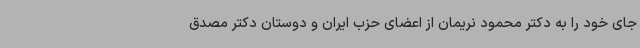
جای خود را به دکتر محمود نریمان از اعضای حزب ایران و دوستان دکتر مصدق